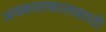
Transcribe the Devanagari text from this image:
अवकाशकालासाठी